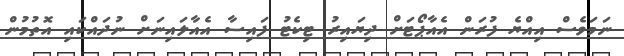
ނަމަވެސް އިއްޔެ ފުރަން އެއާޕޯޓަށް ދިޔައިރު ޓިކެޓު ފައިސާ އެއާލައިނަށް ނުދައްކައި އޮތުމުން